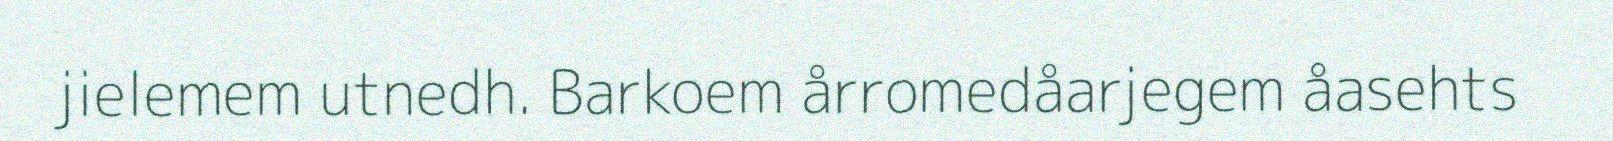
jielemem utnedh. Barkoem årromedåarjegem åasehts